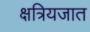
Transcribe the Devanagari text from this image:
क्षत्रियजात